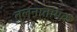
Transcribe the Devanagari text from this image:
तुलनातामक